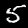
Label: 5